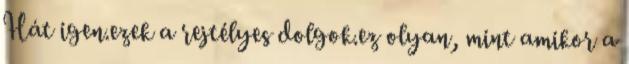
Hát igen.ezek a rejtélyes dolgok.ez olyan, mint amikor a